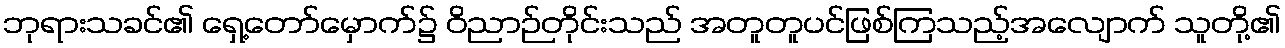
ဘုရားသခင်၏ ရှေ့တော်မှောက်၌ ဝိညာဉ်တိုင်းသည် အတူတူပင်ဖြစ်ကြသည့်အလျောက် သူတို့၏